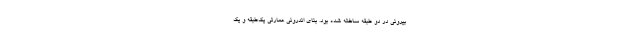
بیرونی در دو طبقه ساخته شده بود. بنای اندرونی عمارتی یک‌طبقه و یک